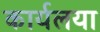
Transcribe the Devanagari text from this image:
कार्यलया